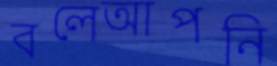
বলেআপনি